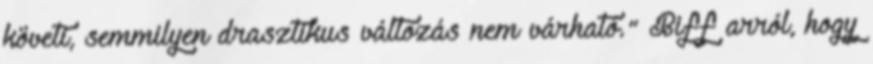
követi, semmilyen drasztikus változás nem várható." Biff arról, hogy